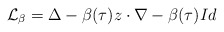
\begin{align*} \mathcal{L}_\beta = \Delta - \beta(\tau) z \cdot \nabla - \beta(\tau ) Id \end{align*}